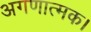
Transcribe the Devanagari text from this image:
अगणात्मक।